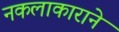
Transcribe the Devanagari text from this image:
नकलाकाराने